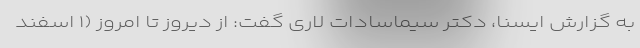
به گزارش ایسنا، دکتر سیماسادات لاری گفت: از دیروز تا امروز (۱ اسفند